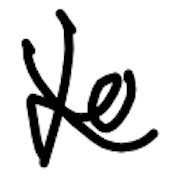
Text: to
Cross-out: wave
Writing tool: digital_black